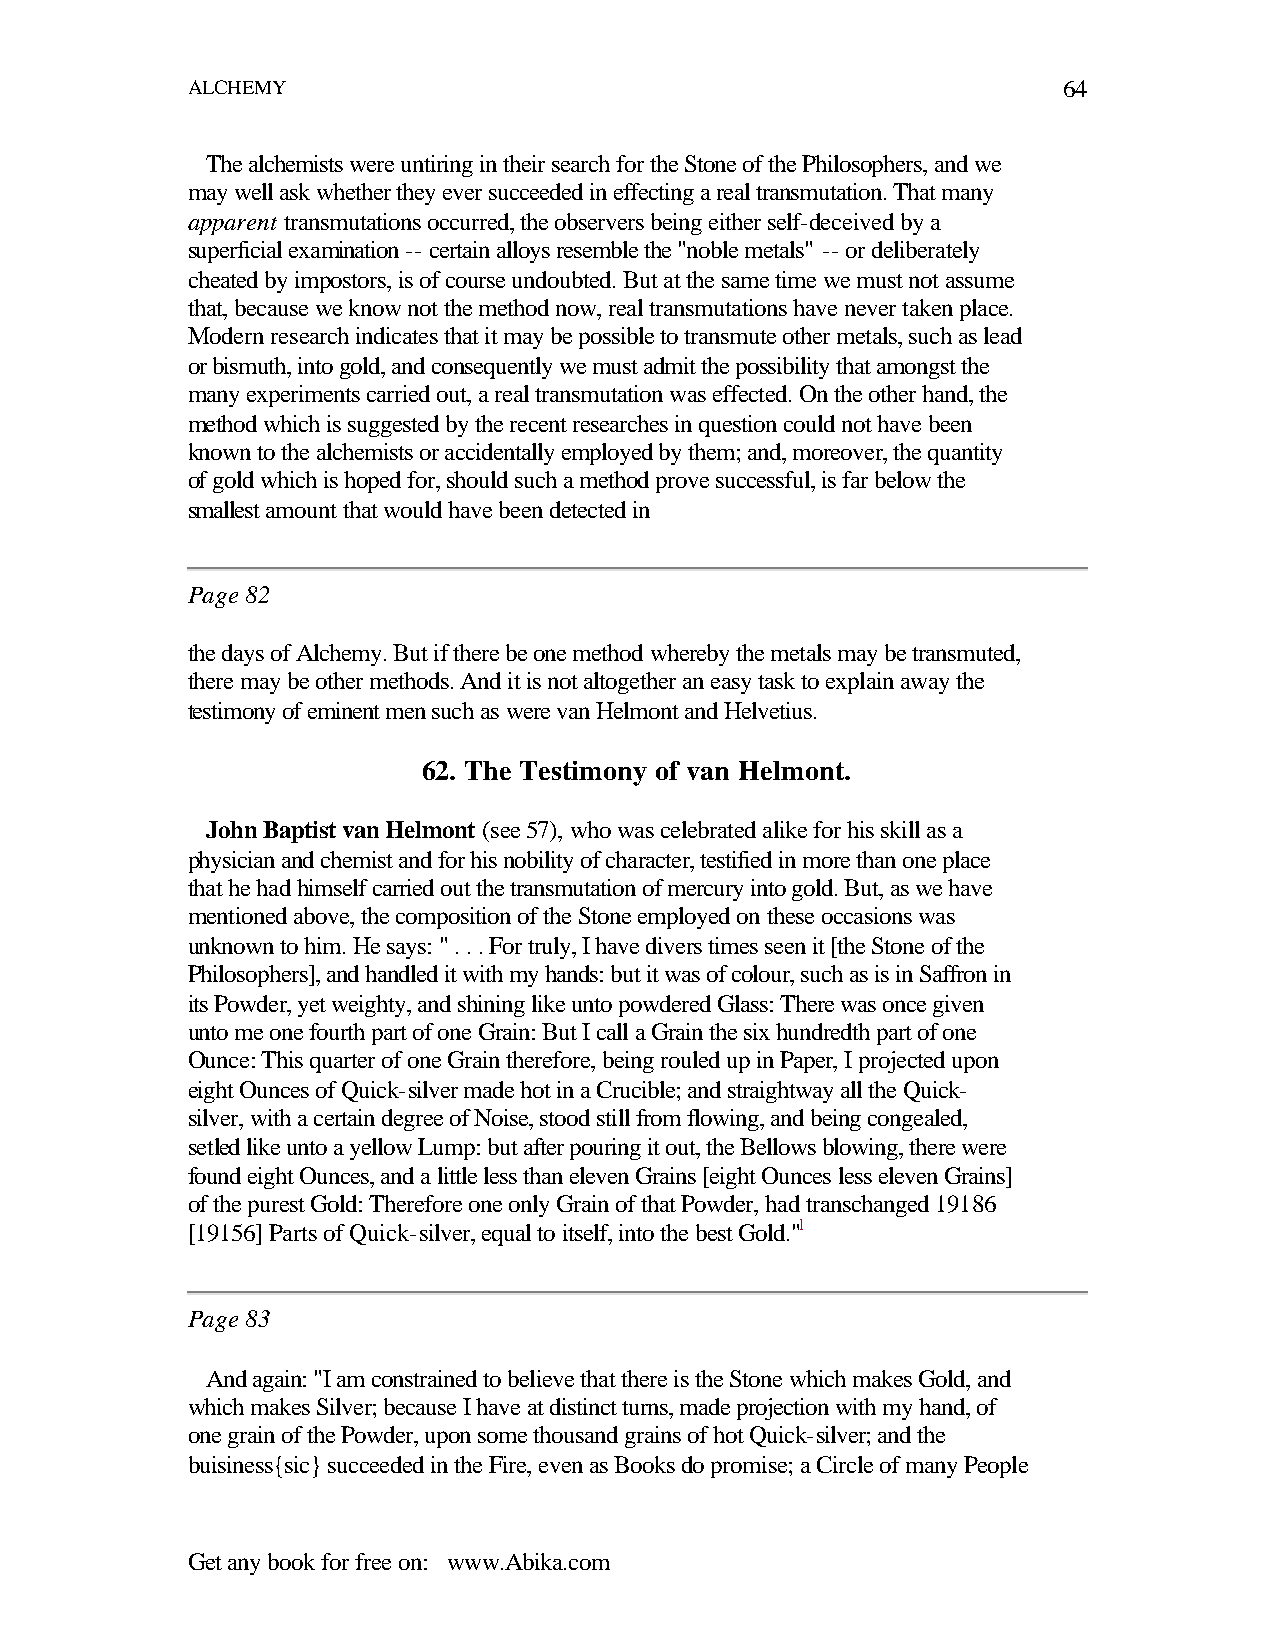
ALCHEMY                                                   64
 The alchemists were untiring in their search for the Stone of the Philosophers, and we
 may well ask whether they ever succeeded in effecting a real transmutation. That many
 apparent transmutations occurred, the observers being either self-deceived by a
 superficial examination -- certain alloys resemble the "noble metals" -- or deliberately
 cheated by impostors, is of course undoubted. But at the same time we must not assume
 that, because we know not the method now, real transmutations have never taken place.
 Modern research indicates that it may be possible to transmute other metals, such as lead
 or bismuth, into gold, and consequently we must admit the possibility that amongst the
 many experiments carried out, a real transmutation was effected. On the other hand, the
 method which is suggested by the recent researches in question could not have been
 known to the alchemists or accidentally employed by them; and, moreover, the quantity
 of gold which is hoped for, should such a method prove successful, is far below the
 smallest amount that would have been detected in
 Page 82
 the days of Alchemy. But if there be one method whereby the metals may be transmuted,
 there may be other methods. And it is not altogether an easy task to explain away the
 testimony of eminent men such as were van Helmont and Helvetius.
 62. The Testimony of van Helmont.
 John Baptist van Helmont (see 57), who was celebrated alike for his skill as a
 physician and chemist and for his nobility of character, testified in more than one place
 that he had himself carried out the transmutation of mercury into gold. But, as we have
 mentioned above, the composition of the Stone employed on these occasions was
 unknown to him. He says: " . . . For truly, I have divers times seen it [the Stone of the
 Philosophers], and handled it with my hands: but it was of colour, such as is in Saffron in
 its Powder, yet weighty, and shining like unto powdered Glass: There was once given
 unto me one fourth part of one Grain: But I call a Grain the six hundredth part of one
 Ounce: This quarter of one Grain therefore, being rouled up in Paper, I projected upon
 eight Ounces of Quick-silver made hot in a Crucible; and straightway all the Quick-
 silver, with a certain degree of Noise, stood still from flowing, and being congealed,
 setled like unto a yellow Lump: but after pouring it out, the Bellows blowing, there were
 found eight Ounces, and a little less than eleven Grains [eight Ounces less eleven Grains]
 of the purest Gold: Therefore one only Grain of that Powder, had transchanged 19186
 [19156] Parts of Quick-silver, equal to itself, into the best Gold."1
 Page 83
 And again: "I am constrained to believe that there is the Stone which makes Gold, and
 which makes Silver; because I have at distinct turns, made projection with my hand, of
 one grain of the Powder, upon some thousand grains of hot Quick-silver; and the
 buisiness{sic} succeeded in the Fire, even as Books do promise; a Circle of many People
 Get any book for free on: www.Abika.com